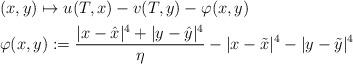
LaTeX: \begin{align*}&(x,y)\mapsto u(T,x)-v(T,y)-\varphi(x,y)\quad\\&\varphi(x,y):=\frac{|x-\hat{x}|^4+|y-\hat{y}|^4}{\eta}-|x-\tilde{x}|^4-|y-\tilde{y}|^4\end{align*}